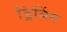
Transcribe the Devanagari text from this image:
ड्रिबिंग